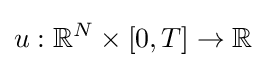
u:\mathbb {R} ^{N}\times [0,T]\to \mathbb {R}